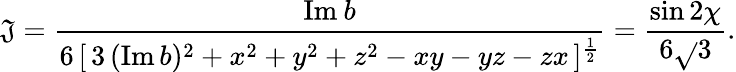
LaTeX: \mathfrak{J}=\frac{{\mathrm{{Im}}\: b}}{{6\, [\, 3\, (\mathrm{{Im}}\, b)^{2}+x^{2}+y^{2}+z^{2}-xy-yz-zx\, ]^{\frac{{1}}{{2}}}}}=\frac{{\sin2\chi}}{{6\sqrt{}{{3}}}}.